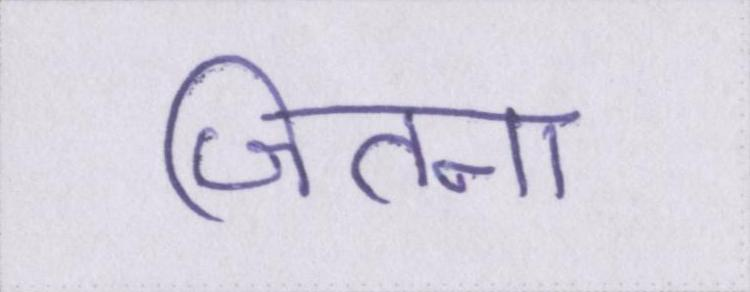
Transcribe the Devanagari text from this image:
जितना